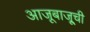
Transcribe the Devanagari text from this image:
आजूबाजू्ची